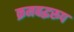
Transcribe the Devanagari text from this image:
क्रमबद्धरूप